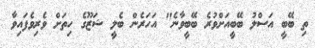
ތި ބޭބީ އަސްލު ބޭބީއަށްވުރެ ބޭބީވާނެ" އަހަރެން ބެލީ ޝަޒޫގެ ހިތަށް ވެރިވެފައިވާ